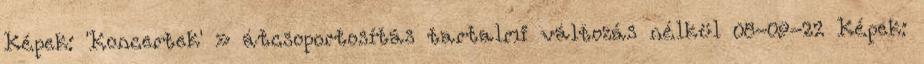
Képek: 'Koncertek' » átcsoportosítás tartalmi változás nélkül 08-09-22 Képek: